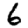
Digit: 6